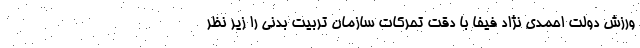
ورزش دولت احمدی نژاد فیفا با دقت تحرکات سازمان تربیت بدنی را زیر نظر